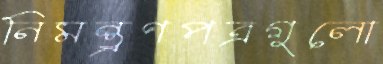
নিমন্ত্রণপত্রগুলো